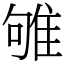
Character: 雊